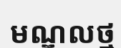
មណ្ឌលថ្ម